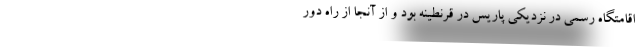
اقامتگاه رسمی در نزدیکی پاریس در قرنطینه بود و از آنجا از راه دور